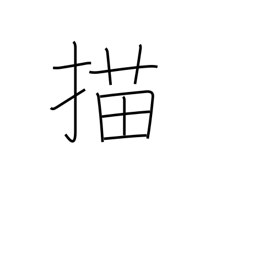
Meaning: draw